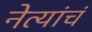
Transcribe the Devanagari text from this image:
नेत्यांचं